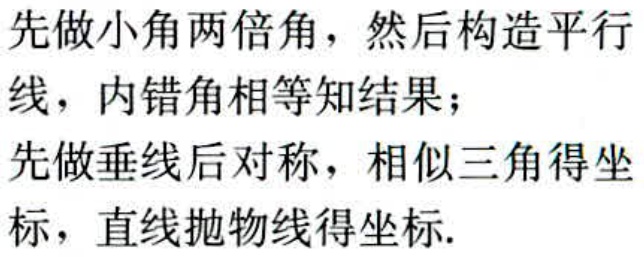
先做小角两倍角，然后构造平行线，内错角相等知结果；
先做垂线后对称，相似三角得坐标，直线抛物线得坐标.